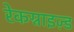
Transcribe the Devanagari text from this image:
रेकग्नाइज़्ड